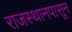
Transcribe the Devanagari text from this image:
राजस्थानपासून